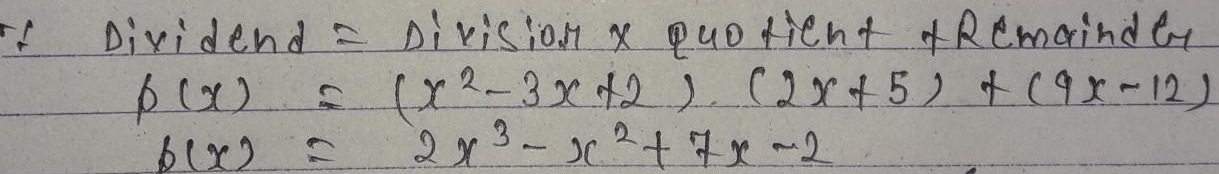
因为\(\text{Dividend}=\text{Divisor}\times\text{Quotient}+\text{Remainder}\)
\[
\begin{align*}
f(x)&=(x^{2}-3x + 2)\cdot(2x + 5)+(4x-12)\\
f(x)&=2x^{3}-x^{2}+7x-2
\end{align*}
\]